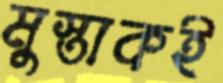
মুস্তাকই